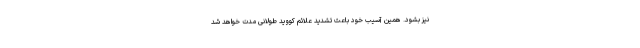
نیز بشود. همین آسیب خود باعث تشدید علائم کووید طولانی مدت خواهد شد